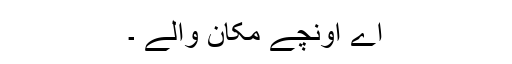
اے اونچے مکان والے ۔